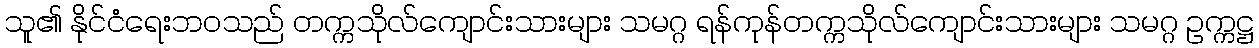
သူ၏ နိုင်ငံရေးဘဝသည် တက္ကသိုလ်ကျောင်းသားများ သမဂ္ဂ ရန်ကုန်တက္ကသိုလ်ကျောင်းသားများ သမဂ္ဂ ဥက္ကဋ္ဌ